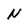
Character: N